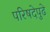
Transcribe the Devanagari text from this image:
परिषदेपुढे